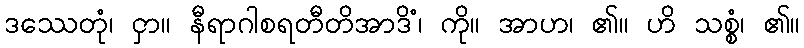
ဒဿေတုံ၊ ငှာ။ နီရာဂါစရတီတိအာဒိံ၊ ကို။ အာဟ၊ ၏။ ဟိ သစ္စံ၊ ၏။